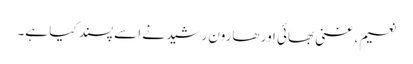
نعیم، غنی بھائی اور ھارون رشید نے اسے پسند کیا ہے۔